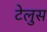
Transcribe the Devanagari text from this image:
टेलुस